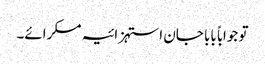
تو جواباً بابا جان استہزائیہ مسکرائے۔